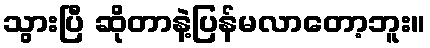
သွားပြီ ဆိုတာနဲ့ပြန်မလာတော့ဘူး။